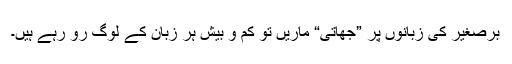
برصغیر کی زبانوں پر ”جھاتی“ ماریں تو کم و بیش ہر زبان کے لوگ رو رہے ہیں۔